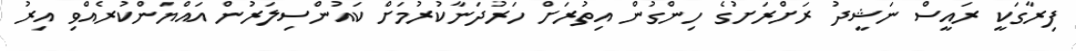
ފިރާގަކީ ރައީސް ނަޝީދު ރަށްރަށުގެ ހިންގުން އިތުރަށް ހަރުދަނާކުރުމަށް ކައުންސިލަރުން އައްޔަންކުރެއްވި އިރު